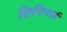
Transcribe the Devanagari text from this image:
शिपियार्ड